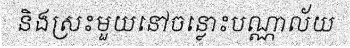
និងស្រះមួយនៅចន្លោះបណ្ណាល័យ